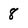
Character: 8